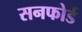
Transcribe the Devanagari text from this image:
सनफोर्ड